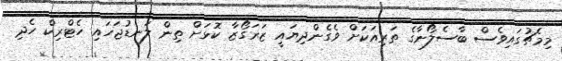
މިމެޗުގައިވެސް ބާސެލޯނާގެ ތަރިއަކަށް ވެގެންދިޔައީ ޒަރަގޯޒާ ކޮޅަށް ތިން ލަނޑުޖަހައި ހެޓްރިކް ހެދި